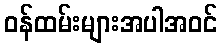
ဝန်ထမ်းများအပါအဝင်